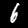
Label: 6